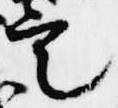
定